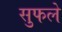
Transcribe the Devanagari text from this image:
सुफले